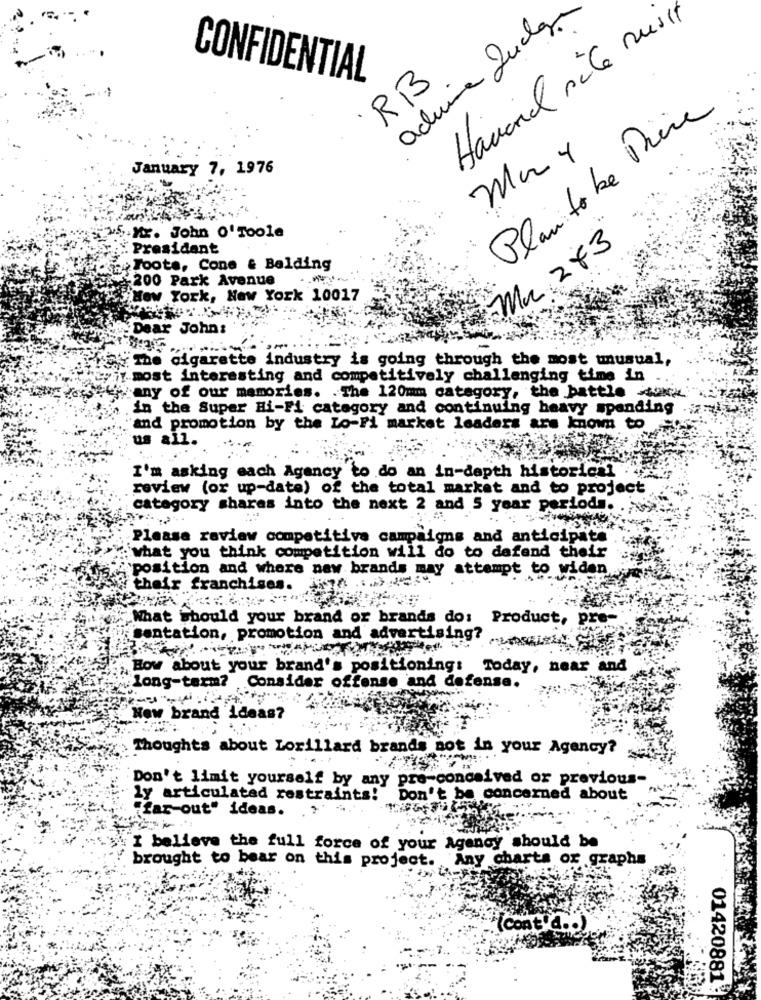
achina Judar
Havore sile nus 11
CONFIDENTIAL
RB
Planto be Drive
Mary
January 7, 1976
5.M. John o' Toole
President
Mr 243
Toots, Cone & Balding
200 Park Avenue
New York, New York 10017
Dear John:
The cigarette industry is going through the most unusual,
in most interesting and competitively challenging time in ..
Many of our memories. . The 120mm category, the battle work
in the Super Hi-Fi category and continuing heavy spending
and promotion by the Lo-Fi market leaders are known to
us all.
I'm asking each Agency to do an in-depth historical
review (or up-date) of the total market and to project
category shares into the next 2 and 5 year periods. ..
Please review competitive campaigns and anticipate
what you think competition will do to defend their
position and where new brands may attempt to widen
their franchises.
What should your brand or brands do: Product, pre-
sentation, promotion and advertising?
How about your brand's positioning: Today, near and
long-term?
Consider offense and defense.
"New brand ideas?
Thoughts about Lorillard brands not in your Agency?
Don't limit yourself by any pro-conceived or previous-
ly articulated restraints! Don't be concerned about
Far out" ideas.
I believe the full force of your Agency should be
brought to bear on this project. Any charts or graphs
(Cont'd .. )
01420881